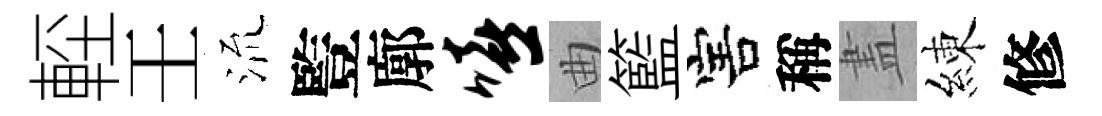
䡖壬𣴑䜿廓嘻曲籃害稱𥁞練修